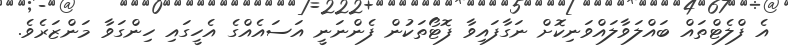
އެ ފްލެޓްތައް ބައްލަވާލައްވަނިކޮށް ނަގާފައިވާ ފޮޓޯތަކުން ފެންނަނީ އަސައެއްގެ އެހީގައި ހިންގަވާ މަންޒަރެވެ.